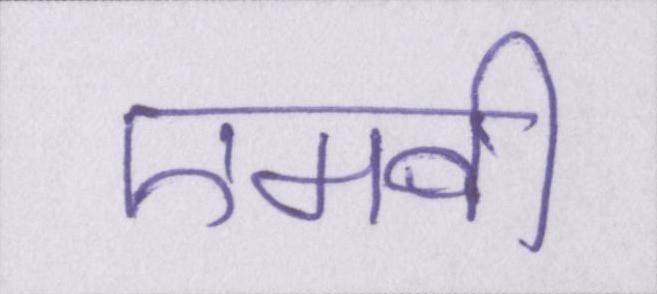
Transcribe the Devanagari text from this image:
एमवी